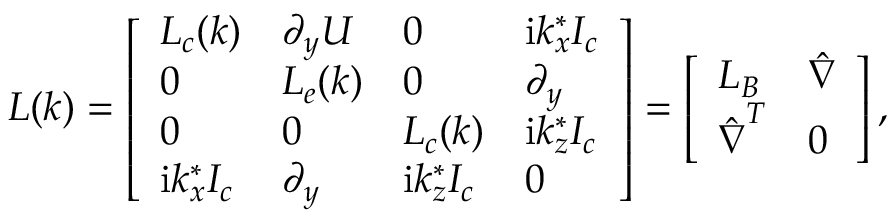
\boldsymbol { L } ( \boldsymbol { k } ) = \left[ \begin{array} { l l l l } { \boldsymbol { L _ { c } } ( \boldsymbol { k } ) } & { \boldsymbol { \partial _ { y } U } } & { \boldsymbol { 0 } } & { \mathrm { i } k _ { x } ^ { * } \boldsymbol { I _ { c } } } \\ { \boldsymbol { 0 } } & { \boldsymbol { L _ { e } } ( \boldsymbol { k } ) } & { \boldsymbol { 0 } } & { \boldsymbol { \partial _ { y } } } \\ { \boldsymbol { 0 } } & { \boldsymbol { 0 } } & { \boldsymbol { L _ { c } } ( \boldsymbol { k } ) } & { \mathrm { i } k _ { z } ^ { * } \boldsymbol { I _ { c } } } \\ { \mathrm { i } k _ { x } ^ { * } \boldsymbol { I _ { c } } } & { \boldsymbol { \partial _ { y } } } & { \mathrm { i } k _ { z } ^ { * } \boldsymbol { I _ { c } } } & { \boldsymbol { 0 } } \end{array} \right] = \left[ \begin{array} { l l } { \boldsymbol { L _ { B } } } & { \boldsymbol { \hat { \nabla } } } \\ { \boldsymbol { \hat { \nabla } } ^ { T } } & { \boldsymbol { 0 } } \end{array} \right] ,